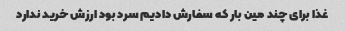
غذا برای چند مین بار که سفارش دادیم سرد بود ارزش خرید ندارد